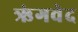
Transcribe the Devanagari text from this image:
ऋंगवेद